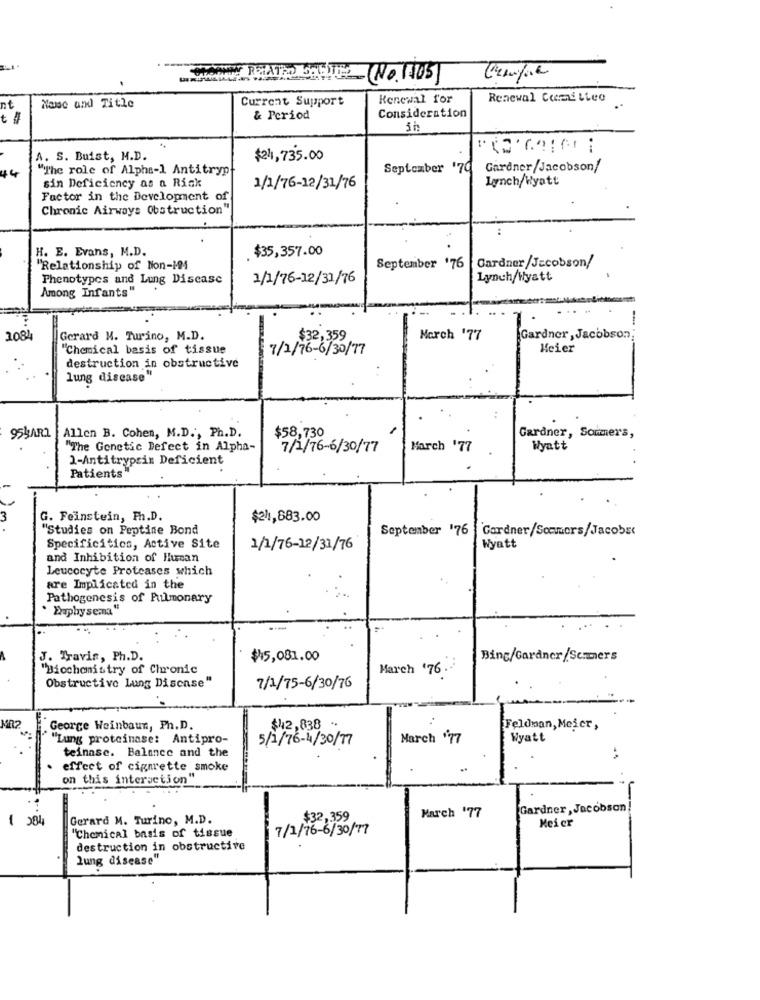
(No. 1105]
Current Support
Renewal for
Renewal Comittee
Nowe and Title
t 4
& Period
Consideration
.-
A. S. Buist, M.D.
$24,735.00
14
"The role of Alpha-1 Antitryp
September '79
Gardner/Jacobson/
sin Deficiency as a Risk
Lynch/Wyatt
1/1/76-12/31/76
Factor in the Development of
Chronic Airways Obstruction"
H. E. Evans, M.D.
$35,357.00
"Relationship of Non-14
September '76
Gardner/Jacobson/
Phenotypes and Lung Disease
1/1/76-12/31/76
Lynch/Wyatt
Among Infants"
1084
Gerard M. Turino, M.D.
$32,359 ,
March '77
Gardner, Jacobson;
"Chemical basis of tissue
7/1/76-6/30/77
Meier
destruction in obstructive
lung disease"
Allen B. Cohen, M.D ., Ph.D.
$58,730
95KARL
Gardner, Sommers,
"The Genetic Defect in Alpha-
7/1/76-6/30/77
March '77
Wyatt
1-Antitrypsin Deficient
Patients"
1
G. Feinstein, Ph.D.
$211,883.00
"Studies on Peptine Bond
September '76
Gardner/Sommers/Jacobs
Specificitics, Active Site
1/1/76-12/31/76
Wyatt
and Inhibition of Human
Leucocyte Proteases which
are Implicated in the
Pathogenesis of Pulmonary
. Euphy sema "
J. Travis, Ph.D.
$15,081.00
Bing/Gardner /Senmers
"Biochemistry of Chronic
March '76.
Obstructive Lung Disease"
7/1/75-6/30/76
George Weinbaun, Ph. D.
$42,838 -
Feldman, Meier,
"Lung proteinase: Antipro-
5/1/76-4/30/77
March "77
Wyatt
teinase. Balance and the
effect of cigarette smoke
on this interaction"
Gardner , Jacobson
284
Gerard M. Turino, M.D.
$32,359
March '77
Meier
"Chemical basis of tissue
7/1/76-6/30/77
destruction in obstructive
lung disease"